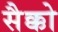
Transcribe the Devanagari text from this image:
सैक्को